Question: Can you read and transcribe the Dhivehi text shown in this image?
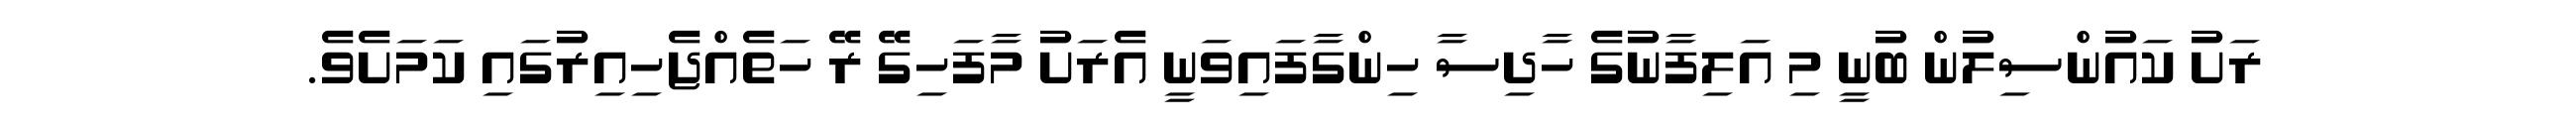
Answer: ރަށު ކައުންސިލުން ބުނީ މި އަލިފާނުގެ ހާދިސާ ހިންގާފައިވަނީ އެރަށު މާފަހިގޭ ރޭ ހަތެއްޖެހިއިރުގައި ކަމަށެވެ.